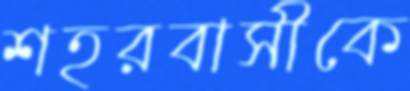
শহরবাসীকে